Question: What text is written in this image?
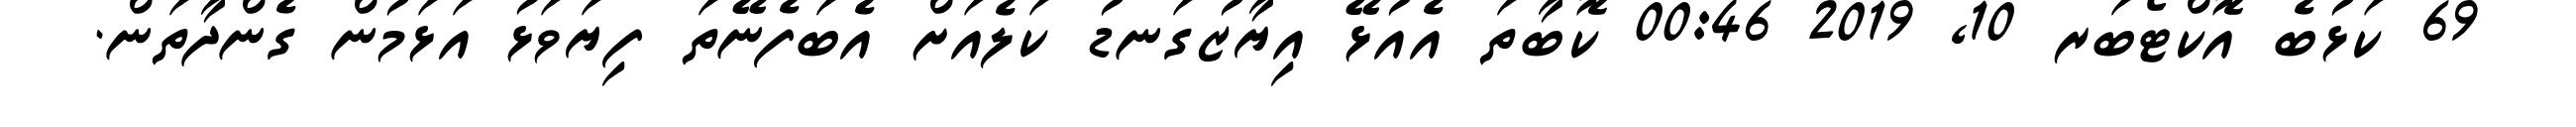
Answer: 69 ކަޅުބެ އޮކްޓޯބަރ 10, 2019 00:46 ކޮބާތަ އެއުޅޭ އިޔާޒުގަނޑު ކަލެއަށް އެބަފެނޭތަ ފިޔަވަޅު އަޅަމުން ގެންދާތަން.